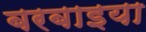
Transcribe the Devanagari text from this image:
बरबाइया